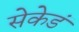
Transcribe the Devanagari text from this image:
सेकेडं